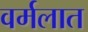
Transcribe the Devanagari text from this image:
वर्मलात